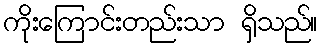
ကိုးကြောင်းတည်းသာ ရှိသည်။